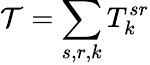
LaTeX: \mathcal{T}=\sum_{s,r,k}T_{k}^{sr}